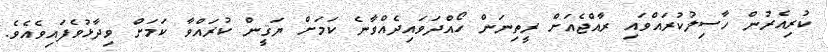
ކުރިއެރުން ހާސިލުކުރައްވައި ރާއްޖެއަށް ރީތިނަން ހޯއްދަވައިދެއްވާނެ ކަމަށް ޔަޤީން ކުރައްވާ ކަމަށް ވިދާޅުވެފައިވެއެވެ.